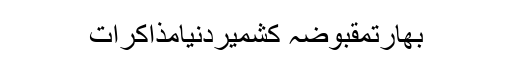
بھارتمقبوضہ کشمیردنیامذاکرات